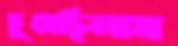
চুষেছিলাম